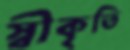
স্বীকৃতি